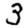
Digit: 3